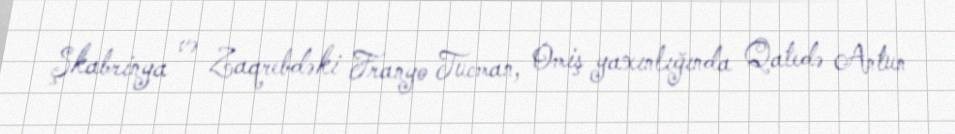
Şkabrinya və Zaqrebdəki Franyo Tucman, Omiş yaxınlığında Qatedə Antun